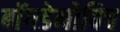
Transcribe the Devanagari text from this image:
बॉगडेनोविच